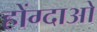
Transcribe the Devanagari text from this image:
होंग्दाओ